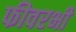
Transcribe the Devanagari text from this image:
फीवरभी